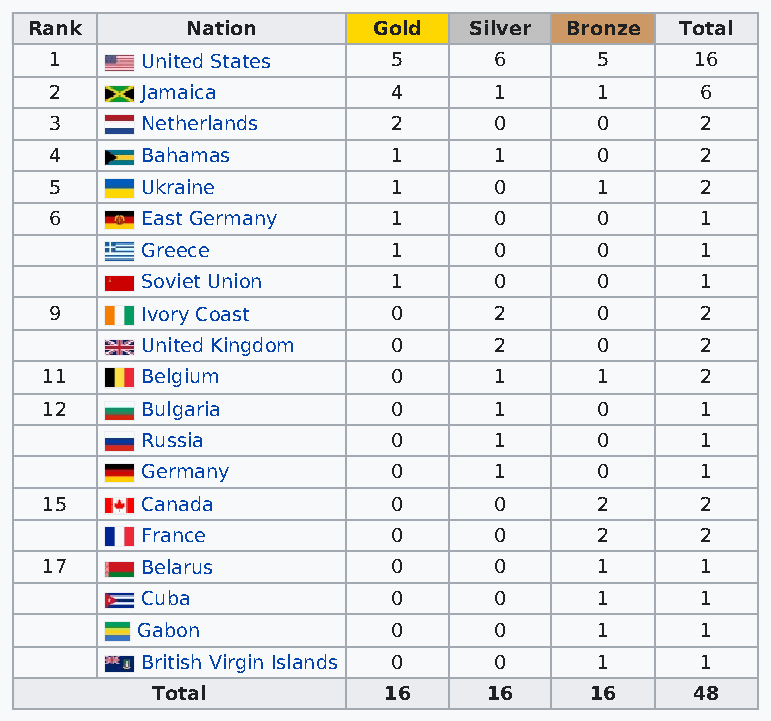
Rank      Nation       Gold  Silver Bronze Total
 1     United States    5      6      5     16
 2     Jamaica          4      1      1     6
 3     Netherlands      2      0      0     2
 4     Bahamas          1      1      0     2
 5     Ukraine          1      0      1     2
 6     East Germany     1      0      0     1
 Greece           1      0      0     1
 Soviet Union     1      0      0     1
 9     Ivory Coast      0      2      0     2
 United Kingdom   0      2      0     2
 11    Belgium          0      1      1     2
 12    Bulgaria         0      1      0     1
 Russia           0      1      0     1
 Germany          0      1      0     1
 15    Canada           0      0      2     2
 France           0      0      2     2
 17    Belarus          0      0      1     1
 Cuba             0      0      1     1
 Gabon            0      0      1     1
 British Virgin Islands 0 0     1     1
 Total          16     16     16     48